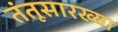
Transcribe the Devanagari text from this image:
तंतूसारख्या